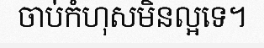
ចាប់កំហុសមិនល្អទេ។